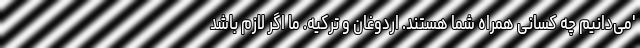
'می‌دانیم چه کسانی همراه شما هستند. اردوغان و ترکیه. ما اگر لازم باشد